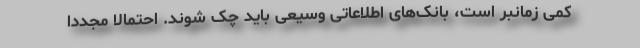
کمی زمانبر است، بانک‌های اطلاعاتی وسیعی باید چک شوند. احتمالاً مجدداً